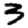
Digit: 3